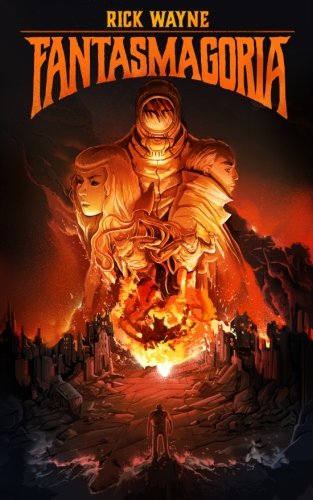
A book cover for Fantasmagoria; Rick Wayne; Literature & Fiction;